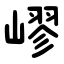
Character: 嵺